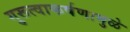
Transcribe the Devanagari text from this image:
गुरूत्वाकर्षणामुळे